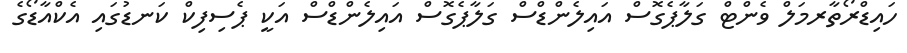
ހައިޑްރޯތާރމަލް ވެންޓް ގަލާޕެގޮސް އައިލެންޑްސް ގަލާޕެގޮސް އައިލެންޑްސް އަކީ ޕެސިފިކް ކަނޑުގައި އެކްއާޑޯގެ